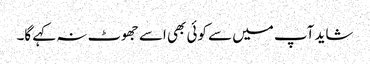
شاید آپ میں سے کوئی بھی اسے جھوٹ نہ کہے گا۔